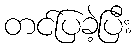
တင်ပြခဲ့ပြီး